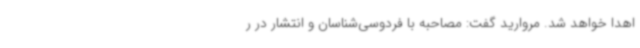
اهدا خواهد شد. مروارید گفت: مصاحبه با فردوسی‌شناسان و انتشار در ر